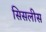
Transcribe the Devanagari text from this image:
सिसलीस